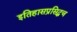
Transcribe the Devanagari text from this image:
इतिहासप्रसिद्धच